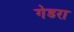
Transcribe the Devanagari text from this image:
गेडरा